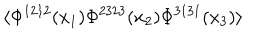
LaTeX: \langle \Phi ^ { 1 2 1 2 } ( x _ { 1 } ) \Phi ^ { 2 3 2 3 } ( x _ { 2 } ) \Phi ^ { 3 1 3 1 } ( x _ { 3 } ) \rangle